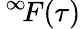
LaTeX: \, ^{\infty}\! F(\tau)